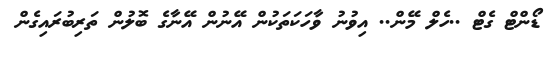
ޑޯންޓް ގެޓް ..ހެލް މޭން.. އިވުނު ވާހަކަތަކުން އޭނުން އޭނާގެ ބޮލުން ތަރިބުރައިގެން